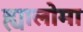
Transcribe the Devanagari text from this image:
ह्यालोमा